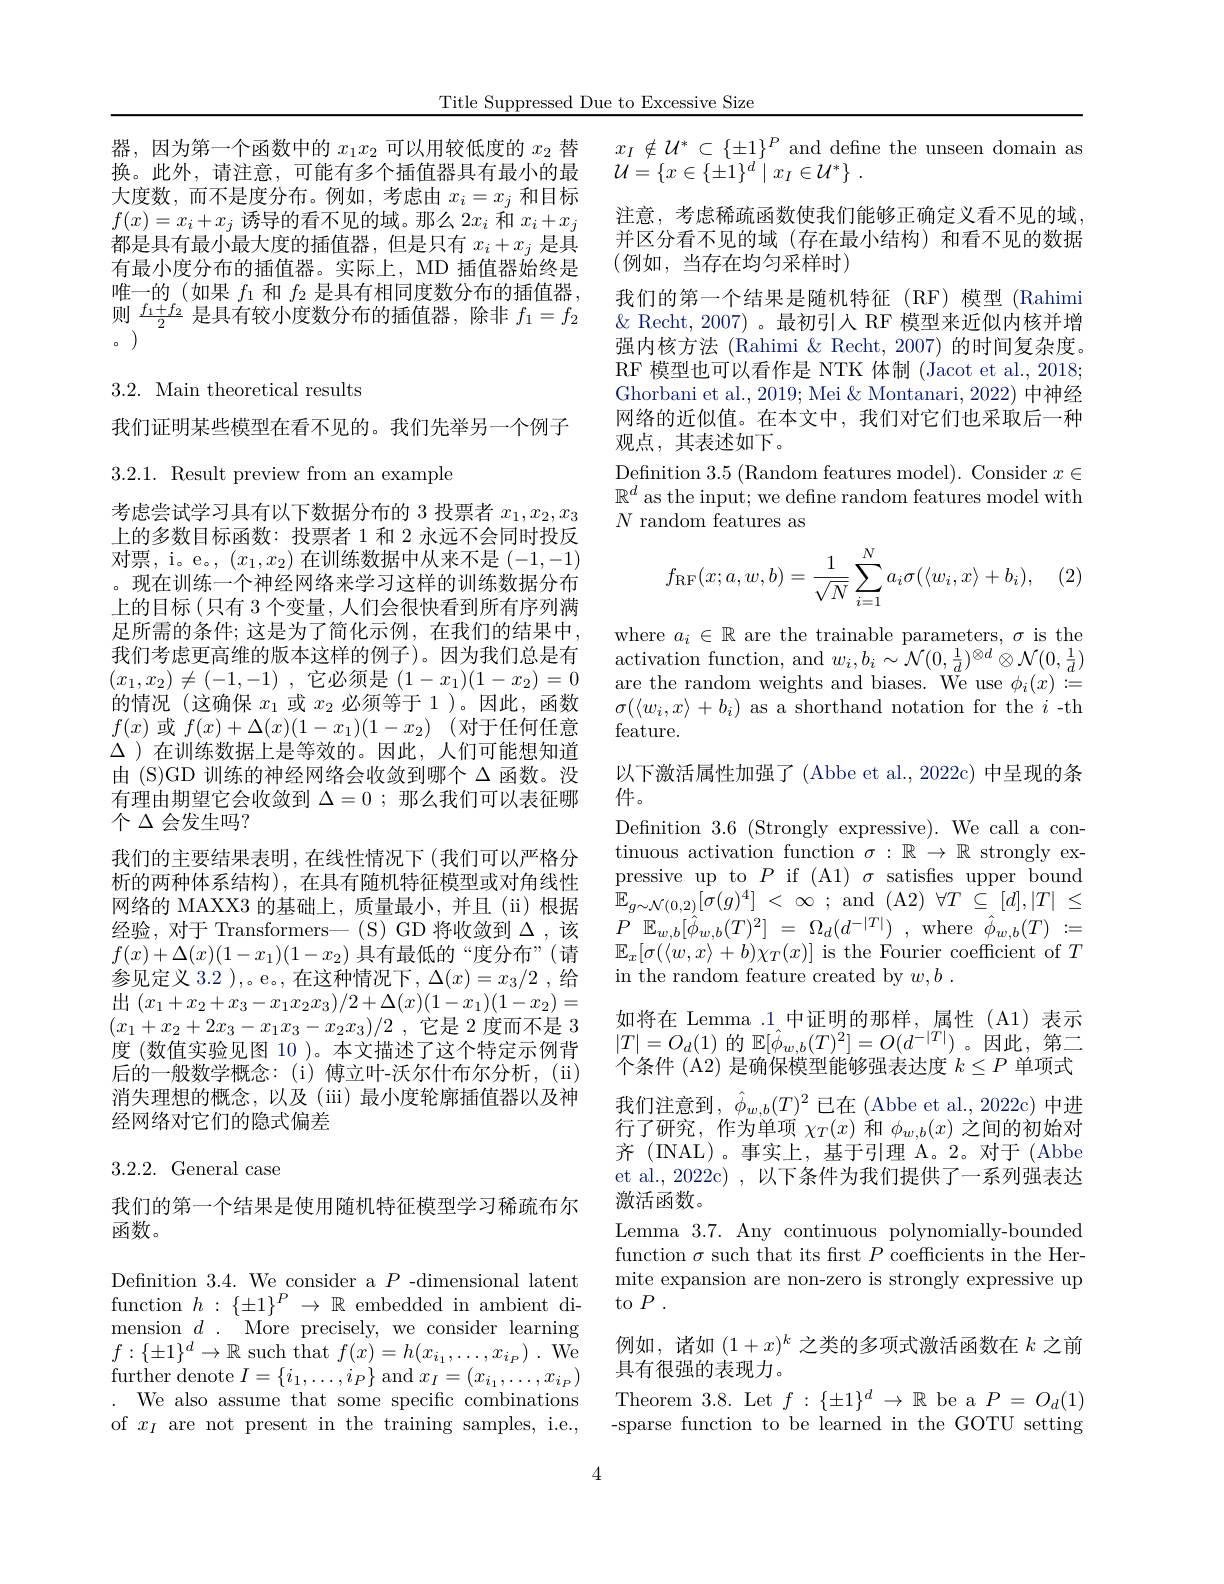
Title Suppressed Due to Excessive Size

器，因为第一个函数中的$x_1x_2$可以用较低度的$x_2$替换。此外，请注意，可能有多个插值器具有最小的最大度数，而不是度分布。例如，考虑由$x_i=x_j$和目标$f(x)=x_i+x_j$诱导的看不见的域。那么$2x_i$和$x_i+x_j$ 都是具有最小最大度的插值器，但是只有$x_i+x_j$是具有最小度分布的插值器。实际上，MD 插值器始终是唯一的(如果$f_1$和$f_2$是具有相同度数分布的插值器， 则$\frac{f_{1}+f_{2}}{2}$是具有较小度数分布的插值器，除非$f_1=f_2$ 0 )

3.2. Main theoretical results

我们证明某些模型在看不见的。我们先举另一个例子

3.2.1. Result preview from an example

考虑尝试学习具有以下数据分布的 3 投票者$x_1,x_2,x_3$ 上的多数目标函数：投票者 1 和 2 永远不会同时投反对票，i。e。$(x_1,x_2)$在训练数据中从来不是(-1,-1) 。现在训练一个神经网络来学习这样的训练数据分布上的目标 (只有 3 个变量，人们会很快看到所有序列满足所需的条件；这是为了简化示例，在我们的结果中， 我们考虑更高维的版本这样的例子)。因为我们总是有$( x_1, x_2) \neq ( - 1, - 1)$ ,它必须是$(1-x_1)(1-x_2)=0$ 的情况(这确保$x_1$或$x_2$必须等于 1)。因此，函数$f(x)$ 或 $f( x) + \Delta ( x) ( 1- x_{1}) ( 1- x_{2})$ (对于任何任意$\Delta$)在训练数据上是等效的。因此，人们可能想知道由 (S)GD 训练的神经网络会收敛到哪个$\Delta$函数。没有理由期望它会收敛到$\Delta=0$ ;那么我们可以表征哪个$\Delta$会发生吗？
我们的主要结果表明，在线性情况下(我们可以严格分析的两种体系结构),在具有随机特征模型或对角线性网络的 MAXX3 的基础上，质量最小，并且(ii)根据经验，对于 Transformers— (S) GD 将收敛到$\Delta$ ,该$f(x)+\Delta(x)(1-x_{1})(1-x_{2})$具有最低的“度分布”(请参见定义 3.2 ),。e。, 在这种情况下，$\Delta(x)=x_3/2$ ,给出$(x_1+x_2+x_3-x_1x_2x_3)/2+\Delta(x)(1-x_1)(1-x_2)=$ $(x_1+x_2+2x_3-x_1x_3-x_2x_3)/2$ ,它是 2 度而不是 3度 (数值实验见图 10 )。本文描述了这个特定示例背后的一般数学概念：(i)傅立叶-沃尔什布尔分析，(ii) 消失理想的概念，以及(iii)最小度轮廓插值器以及神经网络对它们的隐式偏差

## 3.2.2.General case

我们的第一个结果是使用随机特征模型学习稀疏布尔
函数。

Definition 3.4. We consider a $P$ -dimensional latent function $h:\{\pm1\}^P\to\mathbb{R}$ embedded in ambient dimension $d.$ More precisely, we consider learning $f:\{\pm1\}^d\to\mathbb{R}$ such that $f(x)=h(x_i_1,\ldots,x_{i_P})\:.$ We $\mathop{\mathrm{further~denote~}}I=\{i_{1},\ldots,i_{P}\}\mathop{\mathrm{and}}x_{I}=(x_{i_{1}},\ldots,x_{i_{P}})$
We also assume that some specific combinations of $x_I$ are not present in the training samples, i.e.,

$x_I\notin\mathcal{U}^*\subset\{\pm1\}^P$ and define the unseen domain as
${\mathcal{U} }= \{ x\in \{ \pm 1\} ^{d}\mid x_{I}\in {\mathcal{U} }^{* }\}$ .
注意，考虑稀疏函数使我们能够正确定义看不见的域并区分看不见的域(存在最小结构)和看不见的数据( 例如 ,当存在均匀采样时)
我们的第一个结果是随机特征(RF)模型(Rahimi $\&$ Recht, 2007)。最初引入 RF 模型来近似内核并增强内核方法 (Rahimi & Recht, 2007) 的时间复杂度。RF 模型也可以看作是 NTK 体制 (Jacot et al., 2018; Ghorbani et al., 2019; Mei & Montanari, 2022) 中神经网络的近似值。在本文中，我们对它们也采取后一种观点，其表述如下。
Definition 3.5 (Random features model). Consider $x\in$ $\mathbb{R}^d$ as the input; we define random features model with $N$ random features as
$$f_{\mathrm{RF}}(x;a,w,b)=\frac{1}{\sqrt{N}}\sum_{i=1}^{N}a_{i}\sigma(\langle w_{i},x\rangle+b_{i}),$$
where $a_i\in\mathbb{R}$ are the trainable parameters, $\sigma$ is the $\operatorname{activation}$ function, and $w_i,b_i\sim\mathcal{N}(0,\frac1d)^{\otimes d}\otimes\mathcal{N}(0,\frac1d)$ are the random weights and biases. We use $\phi_i(x):=$ $\sigma(\langle w_i,x\rangle+b_i)$ as a shorthand notation for the $i$-th feature.
以下激活属性加强了(Abbe et al., 2022c) 中呈现的条
件。
Defnition 3.6 (Strongly expressive). We call a continuous activation function $\sigma:\mathbb{R}\to\mathbb{R}$ strongly expressive up to $P$ if (A1) $\sigma$ satisfes upper bound $\mathbb{E} _{g\sim \mathcal{N} ( 0, 2) }[ \sigma ( g) ^{4}]$ < $\infty$ ; and (A2) $\forall T$ $\subseteq$ $[ d] , | T|$ $\leq$ $P$ $\mathbb{E} _{w, b}[ \hat{\phi } _{w, b}( T) ^{2}]$ = $\Omega _{d}( d^{- | T| })$ , where $\hat{\phi } _{w, b}( T)$ := $\mathbb{E}_{x}[\sigma(\langle w,x\rangle+b)\chi_{T}(x)]$ is the Fourier coefficient of $T$ in the random feature created by $w,b.$
如将在 Lemma .1中证明的那样，属性(A1)表示$|T|=O_{d}(1)$的$\mathbb{E}[\hat{\phi}_{w,b}(T)^{2}]=O(d^{-|T|})$。因此，第二个条件 (A2) 是确保模型能够强表达度$k\leq P$单项式我们注意到，$\hat{\phi}_w,b(T)^2$已在 (Abbe et al., 2022c) 中进行了研究，作为单项$\chi_T(x)$和$\phi_w,b(x)$之间的初始对齐 (INAL)。事实上，基于引理 A。2。对于 (Abbe et al., 2022c) , 以下条件为我们提供了一系列强表达激活函数。
Lemma 3.7. Any continuous polynomially-bounded function $\sigma$ such that its first $P$ coefficients in the Hermite expansion are non-zero is strongly expressive up to $P.$
例如，诸如$(1+x)^k$之类的多项式激活函数在$k$之前
具有很强的表现力。
Theorem 3.8. Let $f:\{\pm1\}^d\to\mathbb{R}$ be a $P=O_d(1)$ -sparse function to be learned in the GOTU setting

4